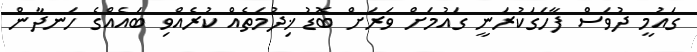
ގައުމީ ދުވަސް ފާހަގަކުރަނީ ގައުމަށް ވަރަށް ބޮޑު ޚިދުމަތެއް ކުރެއްވި ބައެއްގެ ހަނދާން